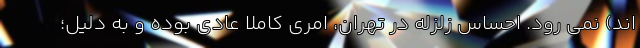
اند) نمی رود. احساسِ زلزله در تهران، امری کاملا عادی بوده و به دلیل؛